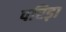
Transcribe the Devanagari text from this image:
परिड़ा